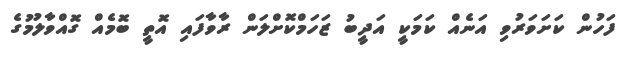
ފަހުން ކަށަވަރުވި އަނެއް ކަމަކީ އަދީބު ޒަހަމްކޮށްލަން ރާވާފައި އޮތީ ބޮމެއް ގޮއްވާލުމުގެ